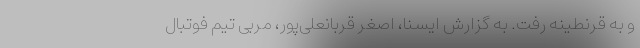
و به قرنطینه رفت. به گزارش ایسنا، اصغر قربانعلی‌پور، مربی تیم فوتبال